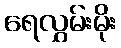
ရေလွှမ်းမိုး